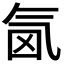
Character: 𣱜